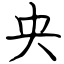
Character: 央